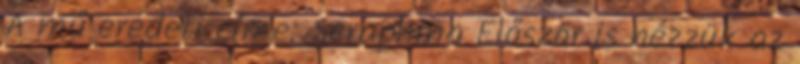
A mű eredeti címe: Seraphina Először is nézzük az